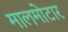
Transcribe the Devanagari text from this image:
मालमोटार